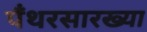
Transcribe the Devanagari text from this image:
पँथरसारख्या